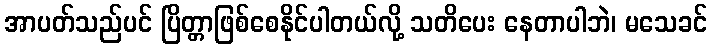
အာပတ်သည်ပင် ပြိတ္တာဖြစ်စေနိုင်ပါတယ်လို့ သတိပေး နေတာပါဘဲ၊ မသေခင်